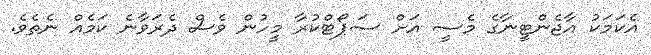
އެކަމަކު އާޖެންޓީނާގެ މެސީ އަށް ސަޕޯޓްކުރާ މީހުން ވެސް ދެރަވާނެ ކަމެއް ނެތެވެ.